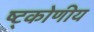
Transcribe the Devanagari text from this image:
ष्ट्कोणीय